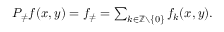
\begin{array} { r } { P _ { \neq } f ( x , y ) = f _ { \neq } = \sum _ { k \in \mathbb Z \setminus \{ 0 \} } f _ { k } ( x , y ) . } \end{array}